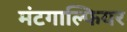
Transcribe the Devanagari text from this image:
मंटगाल्फियर